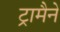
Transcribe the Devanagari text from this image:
ट्रामैने